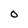
Character: 0